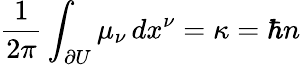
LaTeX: \frac 1{2\pi}\int_{\partial U}\mu_{\nu}\, dx^{\nu}=\kappa=\hbar n